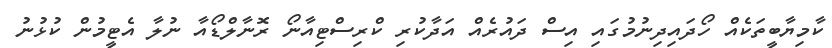
ކާމިޔާބީތަކެއް ހޯދައިދިނުމުގައި އިސް ދައުރެއް އަދާކުރި ކްރިސްޓިއާނޯ ރޮނާލްޑޯއާ ނުލާ އެޓީމުން ކުޅުނު